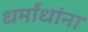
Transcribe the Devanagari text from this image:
धर्मांधांना